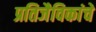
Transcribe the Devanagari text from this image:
प्रतिजैविकांचे